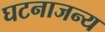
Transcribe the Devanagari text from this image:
घटनाजन्य